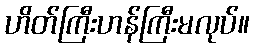
ဟိတ်ကြီးဟန်ကြီးမလုပ်။